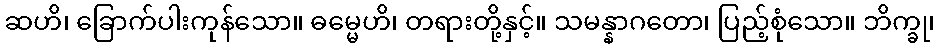
ဆဟိ၊ ခြောက်ပါးကုန်သော။ ဓမ္မေဟိ၊ တရားတို့နှင့်။ သမန္နာဂတော၊ ပြည့်စုံသော။ ဘိက္ခု၊